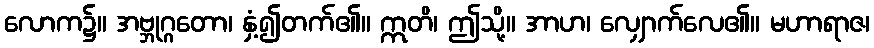
လောက၌။ အဗ္ဘုဂ္ဂတော၊ နှံ့၍တက်၏။ ဣတိ၊ ဤသို့။ အာဟ၊ လျှောက်လေ၏။ မဟာရာဇ၊